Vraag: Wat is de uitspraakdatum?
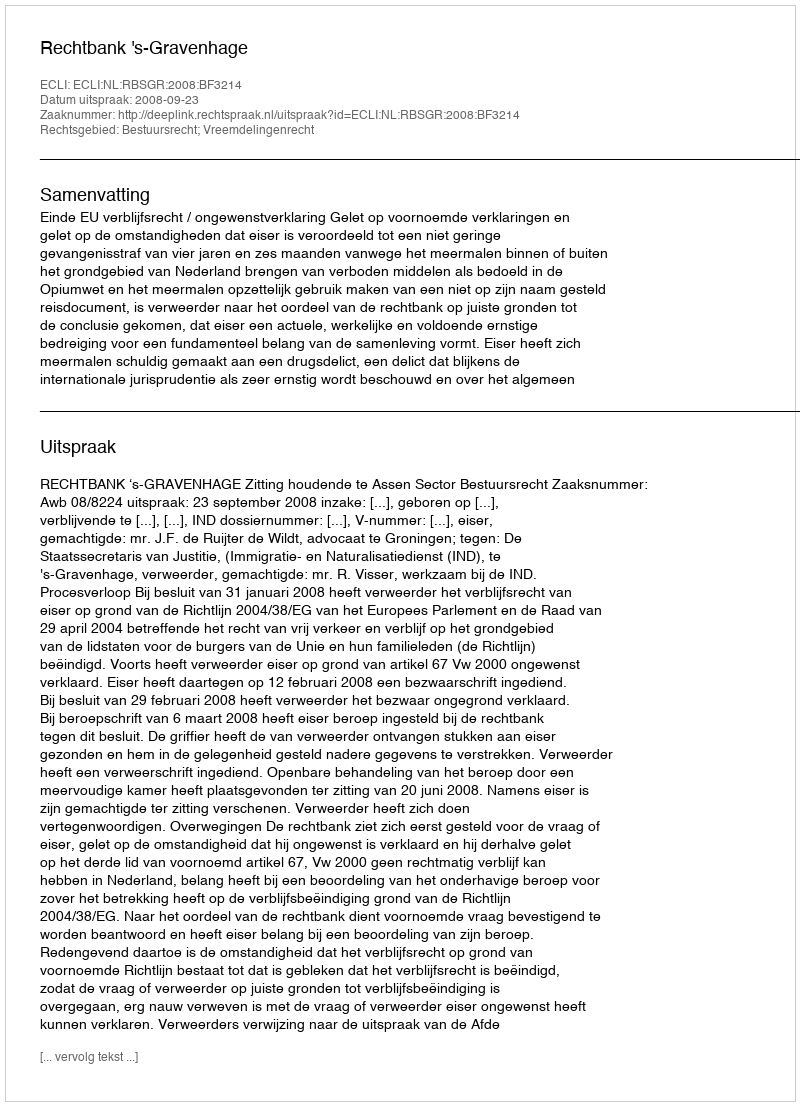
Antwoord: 2008-09-23